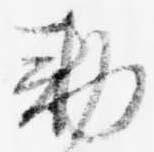
勅